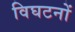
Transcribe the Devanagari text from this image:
विघटनों